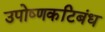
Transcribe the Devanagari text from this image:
उपोष्णकटिबंध